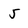
Character: 5